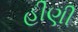
હીણી